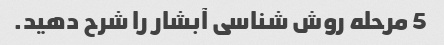
5 مرحله روش شناسی آبشار را شرح دهید.